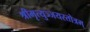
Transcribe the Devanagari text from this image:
श्रीमृत्युञ्जयस्तोत्रम्